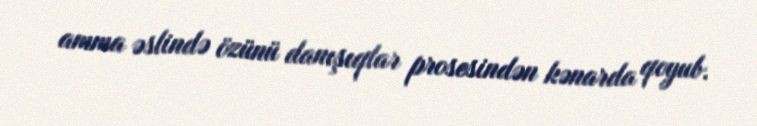
amma əslində özünü danışıqlar prosesindən kənarda qoyub.